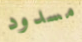
مسدود